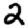
Digit: 2